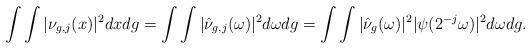
LaTeX: \begin{align*}\int\int |\nu_{g,j}(x)|^2dxdg=\int \int |\hat{\nu}_{g,j}(\omega)|^2d\omega dg=\int\int |\hat{\nu}_g(\omega)|^2|\psi(2^{-j}\omega)|^2 d\omega dg.\end{align*}